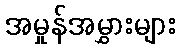
အမှုန်အမွှားများ